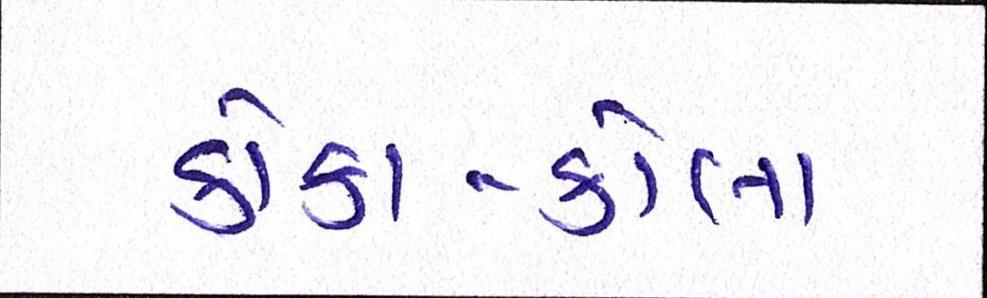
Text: કોકા-કોલા